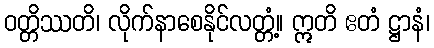
ဝတ္တိဿတိ၊ လိုက်နာစေနိုင်လတ္တံ့။ ဣတိ ဧတံ ဋ္ဌာနံ၊